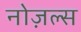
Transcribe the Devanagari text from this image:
नोज़ल्स